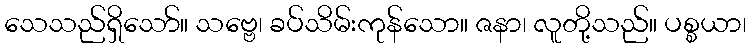
သေသည်ရှိသော်။ သဗ္ဗေ၊ ခပ်သိမ်းကုန်သော။ ဇနာ၊ လူတို့သည်။ ပစ္စယာ၊